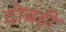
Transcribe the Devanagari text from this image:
दोबड़ी